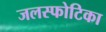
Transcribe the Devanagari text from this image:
जलस्फोटिका